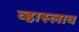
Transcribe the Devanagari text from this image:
व्हास्लाव